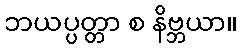
ဘယပ္ပတ္တာ စ နိဗ္ဘယာ။